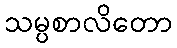
သမ္ပစာလိတော